Report on vaccination in Madras 1904-1921 - 1904-1921
Year: 1904
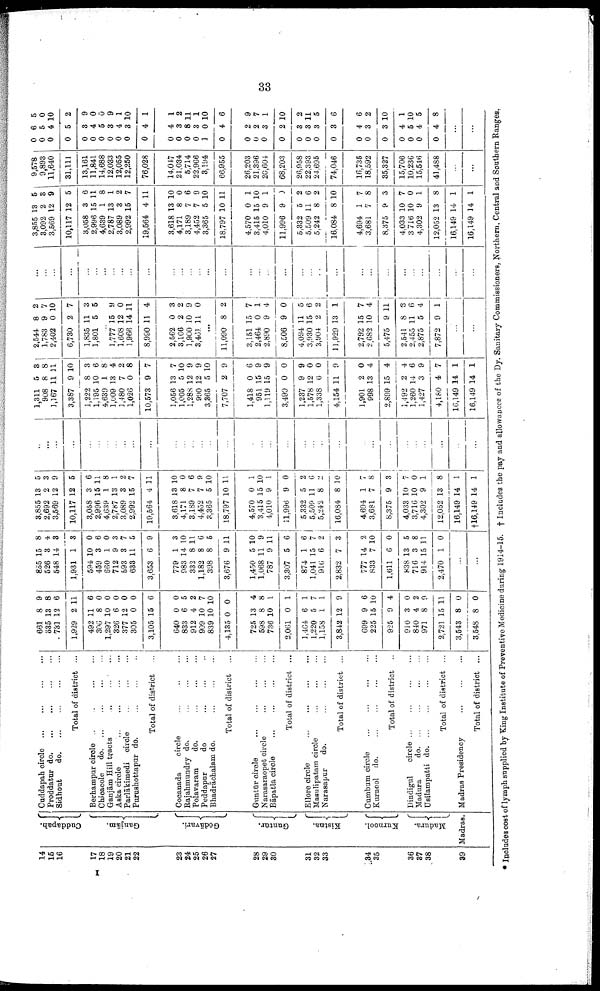
33
14
15
16
17
18
19
20
21
22
23
24
25
26
27
28
29
30
31
32
33
34
35
36
37
38
39
Cuddapah.
Ganjām.
Gōdāvari.
Guntūr.
Kistna.
Kurnool.
Madura.
Madras.
Cuddapah circle
...
...
...
...
Proddatur
do.
...
...
...
...
Sidhout
do. ... ... ... ...
Total of district ...
Berhampur circle ... ... ... ...
Chicacole
do. ... ... ... ...
Ganjām Hill tracts
...
...
...
Aska circle
...
...
...
...
Parlākimedi circle
...
...
...
Purushottapur do. ... ... ...
Total of district ...
Cocanada
circle
...
...
...
Rajahmundry do.
...
...
...
Polavaram
do.
...
...
...
Peddapur
do
...
...
...
Bhadrāchalam do.
...
...
...
Total of district ...
Guntūr circle
...
...
...
...
Narasaraopet circle
...
...
...
Bāpatla circle
...
...
...
...
Total of district ...
Ellore circle
...
...
...
...
Masulipatam circle ... ... ...
Narasapur
do.
...
...
...
Total of district ...
Cumbum circle ... ... ... ...
Kurnool do.
...
...
...
...
Total of district ...
Dindigul
circle
...
...
...
...
Madura
d
o
. ... ... ... ...
Usilampatti
do. ... ... ... ...
Total of district ...
Madras Presidency
...
...
...
Total of district ...
661
835
731
1,929
492
306
1,297
326
377
305
3,105
640
833
912
909
839
4,135
725
598
736
2,061
1,464
1,220
1,158
3,842
699
225
925
910
840
971
2,721
3,543
3,548
8
13
12
2
11
8
10
6
12
0
15
0
6
4
10
10
0
13
8
10
0
6
5
1
12
9
15
9
3
4
8
15
8
8
9
8
6
11
6
0
0
0
0
0
6
0
5
2
7
10
0
4
8
1
1
1
7
1
9
6
10
4
0
2
9
11
0
0
855
526
548
1,931
594
459
660
712
593
633
3,653
779
983
332
1,182
398
3,676
1,450
1,068
787
3,307
874
1,041
916
2,832
777
833
1,611
838
716
914
2,470
15
3
14
1
10
3
1
9
3
11
6
1
14
8
8
8
9
5
11
9
5
1
15
6
7
14
7
6
13
3
15
1
8
4
3
3
0
6
0
3
7
5
9
3
10
11
6
5
11
10
9
11
6
6
7
2
3
2
10
0
5
8
11
0
...
...
3,855
2,692
3,569
10,117
3,058
2,996
4,639
2,787
3,089
2,992
19,564
3,618
4,171
3,189
4,452
3,365
18,797
4,570
3,415
4,010
11,996
5,332
5,509
5,242
16,084
4,694
3,681
8,375
4,033
3,716
4,302
12,052
16,149
†16,149
13
2
12
12
3
15
1
13
3
15
4
13
8
7
7
5
10
0
15
9
9
5
11
8
8
1
7
9
10
10
9
13
14
14
5
3
9
5
6
11
8
1
2
7
11
10
0
6
9
10
11
1
10
1
0
2
6
2
10
7
8
3
7
0
1
8
1
1
...
...
...
...
...
...
...
...
...
...
...
...
...
...
...
...
...
...
...
...
...
...
...
...
...
...
...
...
...
...
...
...
...
...
1,311
908
1,167
3,387
1,222
1,195
4,639
1,009
1,480
1,026
10,573
1,056
1,005
1,288
990
3,365
7,707
1,418
951
1,119
3,490
1,237
1,578
1,338
4,154
1,901
998
2,899
1,492
1,260
1,427
4,180
16,149
16,149
5
8
11
9
8
10
1
13
7
0
0
13
5
12
12
5
2
0
15
15
0
9
12
6
11
2
13
15
2
14
3
4
14
14
3
8
11
10
3
6
8
4
2
8
7
7
10
9
9
10
9
6
9
9
0
9
0
0
9
0
4
4
4
6
9
7
1
1
2,544
1,783
2,402
6,730
1,835
1,801
8
9
0
2
11
5
2
7
10
7
3
5
...
1,777
1,608
1,966
8,990
2,562
3,166
1,900
3,461
15
12
14
11
0
2
10
11
9
0
11
4
3
2
9
0
...
11,090
3,151
2,464
2,890
8,506
4,094
3,930
3,904
11,929
2,792
2,682
5,475
2,541
2,455
2,875
7,872
8
15
0
9
9
11
15
2
13
15
10
9
8
11
5
9
2
7
1
4
0
5
6
2
1
7
4
11
3
6
4
1
...
...
...
...
...
...
...
...
...
...
...
...
...
...
...
...
...
...
...
...
...
...
...
...
...
...
...
...
...
...
...
...
...
...
...
...
3,855
3,092
3,569
10,117
3,058
2,996
4,639
2,787
3,089
2,992
19,564
3,618
4,171
3,189
4,452
3,365
18,797
4,570
3,415
4,010
11,996
5,332
5,509
5,242
16,084
4,694
3,681
8,375
4,033
3,716
4,302
12,052
16,149
16,149
13
2
12
12
3
15
1
13
3
15
4
13
8
7
7
5
10
0
15
9
9
5
11
8
8
1
7
9
10
10
9
13
14
14
5
3
9
5
6
11
8
1
2
7
11
10
0
6
9
10
11
1
10
1
0
2
6
2
10
7
8
3
7
0
1
8
1
1
9,578
9,893
11,640
31,111
13,161
11,841
14,688
12,033
12,055
12,250
76,028
14,047
21,034
5,714
22,966
3,194
66,955
26,203
21,396
20,604
68,203
26,958
22,393
24,695
74,046
16,735
18,592
35,327
15,706
10,236
15,546
41,488
...
...
0
0
0
0
0
0
0
0
0
0
0
0
0
0
0
1
0
0
0
0
0
0
0
0
0
0
0
0
0
0
0
0
6
5
4
5
3
4
5
3
4
3
4
4
3
8
3
0
4
2
2
3
2
3
3
3
3
4
3
3
4
5
4
4
5
0
10
2
9
0
0
9
1
10
1
1
2
11
1
10
6
9
7
1
10
2
11
5
6
6
2
10
1
10
5
8
...
...
* Includes cost of lymph supplied by King Institute of Preventive Medicine during 1914-15. † Includes the pay and allowances of the Dy. Sanitary Commissioners, Northern, Central and Southern Ranges.
I